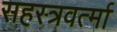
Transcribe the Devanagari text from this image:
सहस्‍त्रवर्त्‍मा